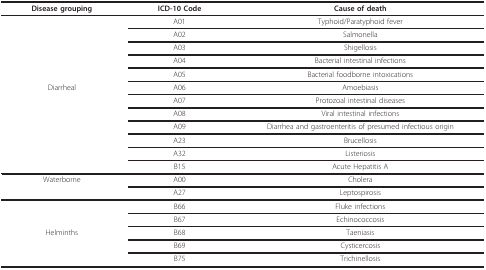
<table><thead><tr><td><b>Disease grouping</b></td><td><b>ICD-10 Code</b></td><td><b>Cause of death</b></td></tr></thead><tbody><tr><td></td><td>A01</td><td>Typhoid/Paratyphoid fever</td></tr><tr><td></td><td>A02</td><td>Salmonella</td></tr><tr><td></td><td>A03</td><td>Shigellosis</td></tr><tr><td></td><td>A04</td><td>Bacterial intestinal infections</td></tr><tr><td></td><td>A05</td><td>Bacterial foodborne intoxications</td></tr><tr><td>Diarrheal</td><td>A06</td><td>Amoebiasis</td></tr><tr><td></td><td>A07</td><td>Protozoal intestinal diseases</td></tr><tr><td></td><td>A08</td><td>Viral intestinal infections</td></tr><tr><td></td><td>A09</td><td>Diarrhea and gastroenteritis of presumed infectious origin</td></tr><tr><td></td><td>A23</td><td>Brucellosis</td></tr><tr><td></td><td>A32</td><td>Listeriosis</td></tr><tr><td></td><td>B15</td><td>Acute Hepatitis A</td></tr><tr><td>Waterborne</td><td>A00</td><td>Cholera</td></tr><tr><td></td><td>A27</td><td>Leptospirosis</td></tr><tr><td></td><td>B66</td><td>Fluke infections</td></tr><tr><td></td><td>B67</td><td>Echinococcosis</td></tr><tr><td>Helminths</td><td>B68</td><td>Taeniasis</td></tr><tr><td></td><td>B69</td><td>Cysticercosis</td></tr><tr><td></td><td>B75</td><td>Trichinellosis</td></tr></tbody></table>